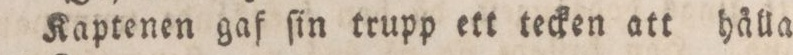
Kaptenen gaf ſin trupp ett tecken att hålla